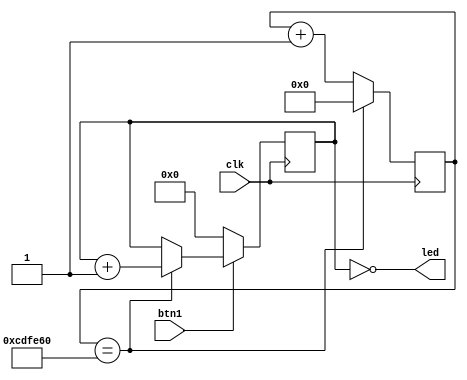
module top
(
    input clk,
    input btn1,
    output [5:0] led
);

localparam WAIT_TIME_SHORT = 2000000;
localparam WAIT_TIME = 13500000;
reg [5:0] ledCounter = 0;
reg [23:0] clockCounter = 0;

always @(posedge clk) begin
    clockCounter <= clockCounter + 1;
    if (clockCounter == WAIT_TIME) begin
        clockCounter <= 0;
        ledCounter <= ledCounter + 1;
    end

    if (!btn1) begin
        ledCounter <= 0;
    end
end

assign led = ~ledCounter;
endmodule